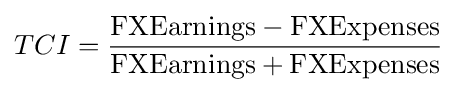
TCI={\frac {{\textrm {FXEarnings}}-{\textrm {FXExpenses}}}{{\textrm {FXEarnings}}+{\textrm {FXExpenses}}}}